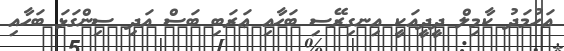
އަހުމަދު ކާމިލް ދީދީއަކީ އިނގިރޭސި ބަހާއި ޢަރަބި ބަސް އަދި ސިންގަޅަ ބަހާއި